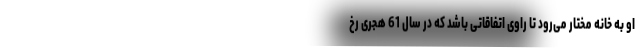
او به خانه مختار می‌رود تا راوی اتفاقاتی باشد که در سال 61 هجری رخ